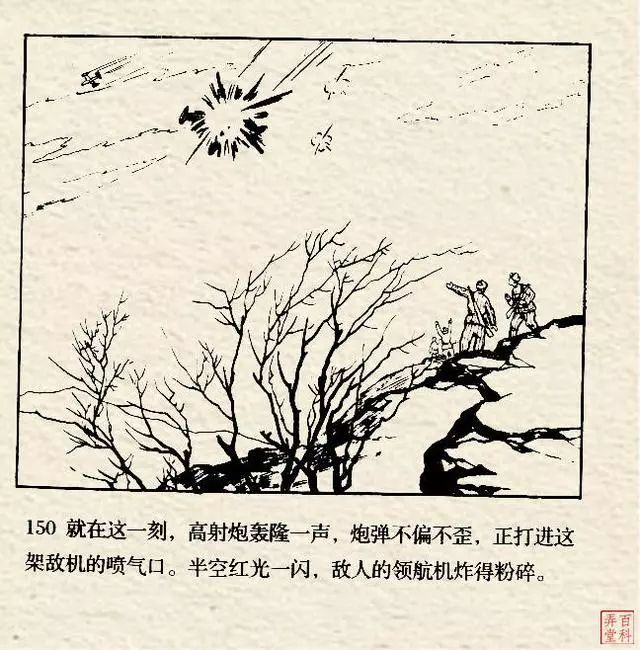
伤心阔别三千里，屈指思量四五年。